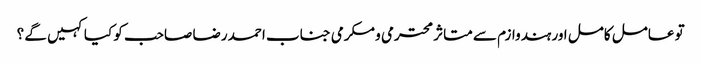
تو عامل کامل اور ہندوازم سے متاثر محترمی و مکرمی جناب احمد رضا صاحب کو کیا کہیں گے ؟